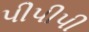
પીપીપી